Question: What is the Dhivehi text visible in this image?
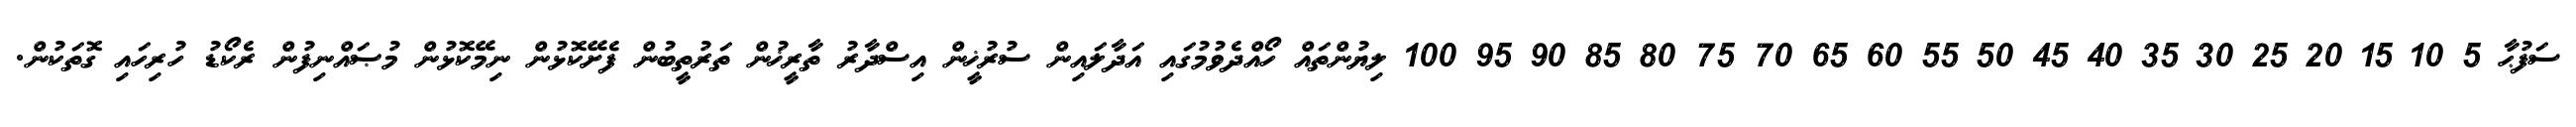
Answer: ސަފުޙާ 5 10 15 20 25 30 35 40 45 50 55 60 65 70 75 80 85 90 95 100 ލިޔުންތައް ހޯއްދެވުމުގައި އަދާލައިން ސުރުޚީން އިސްދާރު ތާރީޚުން ތަރުތީބުން ފެށޭކޮޅުން ނިމޭކޮޅުން މުޞައްނިފުން ރެކޯޑު ހުރިހައި ގޮތަކުން.